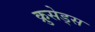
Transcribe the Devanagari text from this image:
क्रुसेड्स